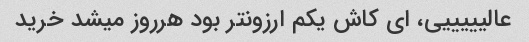
عالیییییی، ای کاش یکم ارزونتر بود هرروز میشد خرید